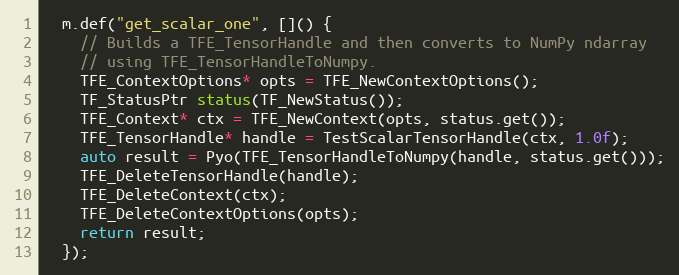
Language: C++
  m.def("get_scalar_one", []() {
    // Builds a TFE_TensorHandle and then converts to NumPy ndarray
    // using TFE_TensorHandleToNumpy.
    TFE_ContextOptions* opts = TFE_NewContextOptions();
    TF_StatusPtr status(TF_NewStatus());
    TFE_Context* ctx = TFE_NewContext(opts, status.get());
    TFE_TensorHandle* handle = TestScalarTensorHandle(ctx, 1.0f);
    auto result = Pyo(TFE_TensorHandleToNumpy(handle, status.get()));
    TFE_DeleteTensorHandle(handle);
    TFE_DeleteContext(ctx);
    TFE_DeleteContextOptions(opts);
    return result;
  });